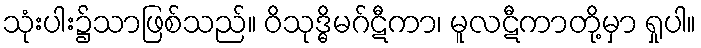
သုံးပါး၌သာဖြစ်သည်။ ဝိသုဒ္ဓိမဂ်ဋီကာ၊ မူလဋီကာတို့မှာ ရှုပါ။